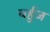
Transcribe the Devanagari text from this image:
बर्हुज